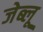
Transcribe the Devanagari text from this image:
जेब्‍लू